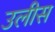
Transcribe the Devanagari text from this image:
उलीस